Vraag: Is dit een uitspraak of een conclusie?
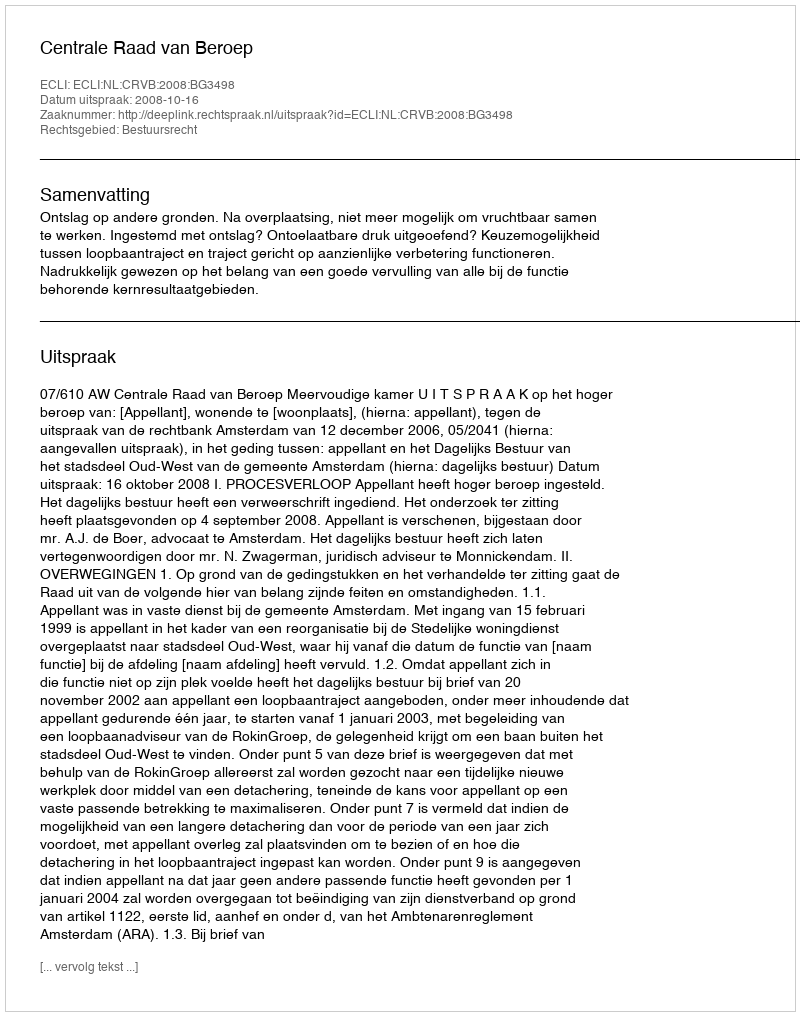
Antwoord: Uitspraak